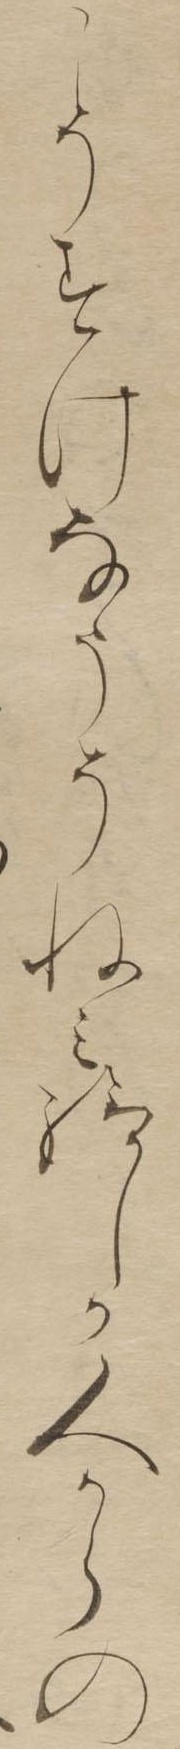
こそすけなうそねみ給しか人からの